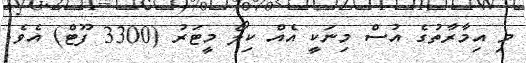
މި އިމާރާތުގެ އުސް މިނަކީ އެއް ކިލޯ މީޓަރު (3300 ފޫޓް) އެވެ.